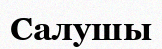
Салушы